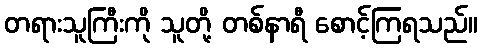
တရားသူကြီးကို သူတို့ တစ်နာရီ စောင့်ကြရသည်။